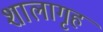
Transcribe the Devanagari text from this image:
शालागृह